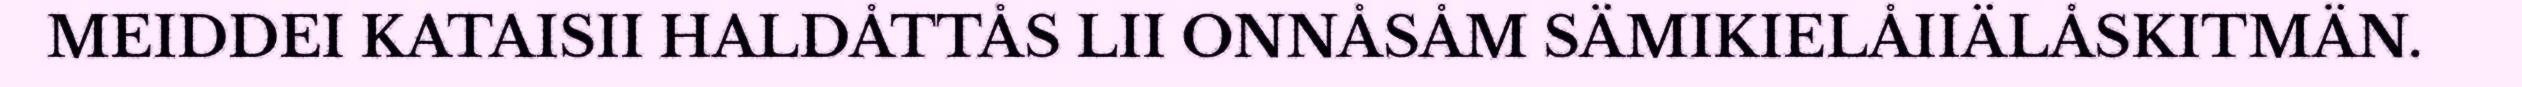
MEIDDEI KATAISII HALDÅTTÅS LII ONNÅSÅM SÄMIKIELÅIIÄLÅSKITMÄN.